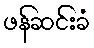
ဖန်ဆင်းခံ